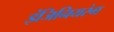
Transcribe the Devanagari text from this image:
इंजिनियरंग